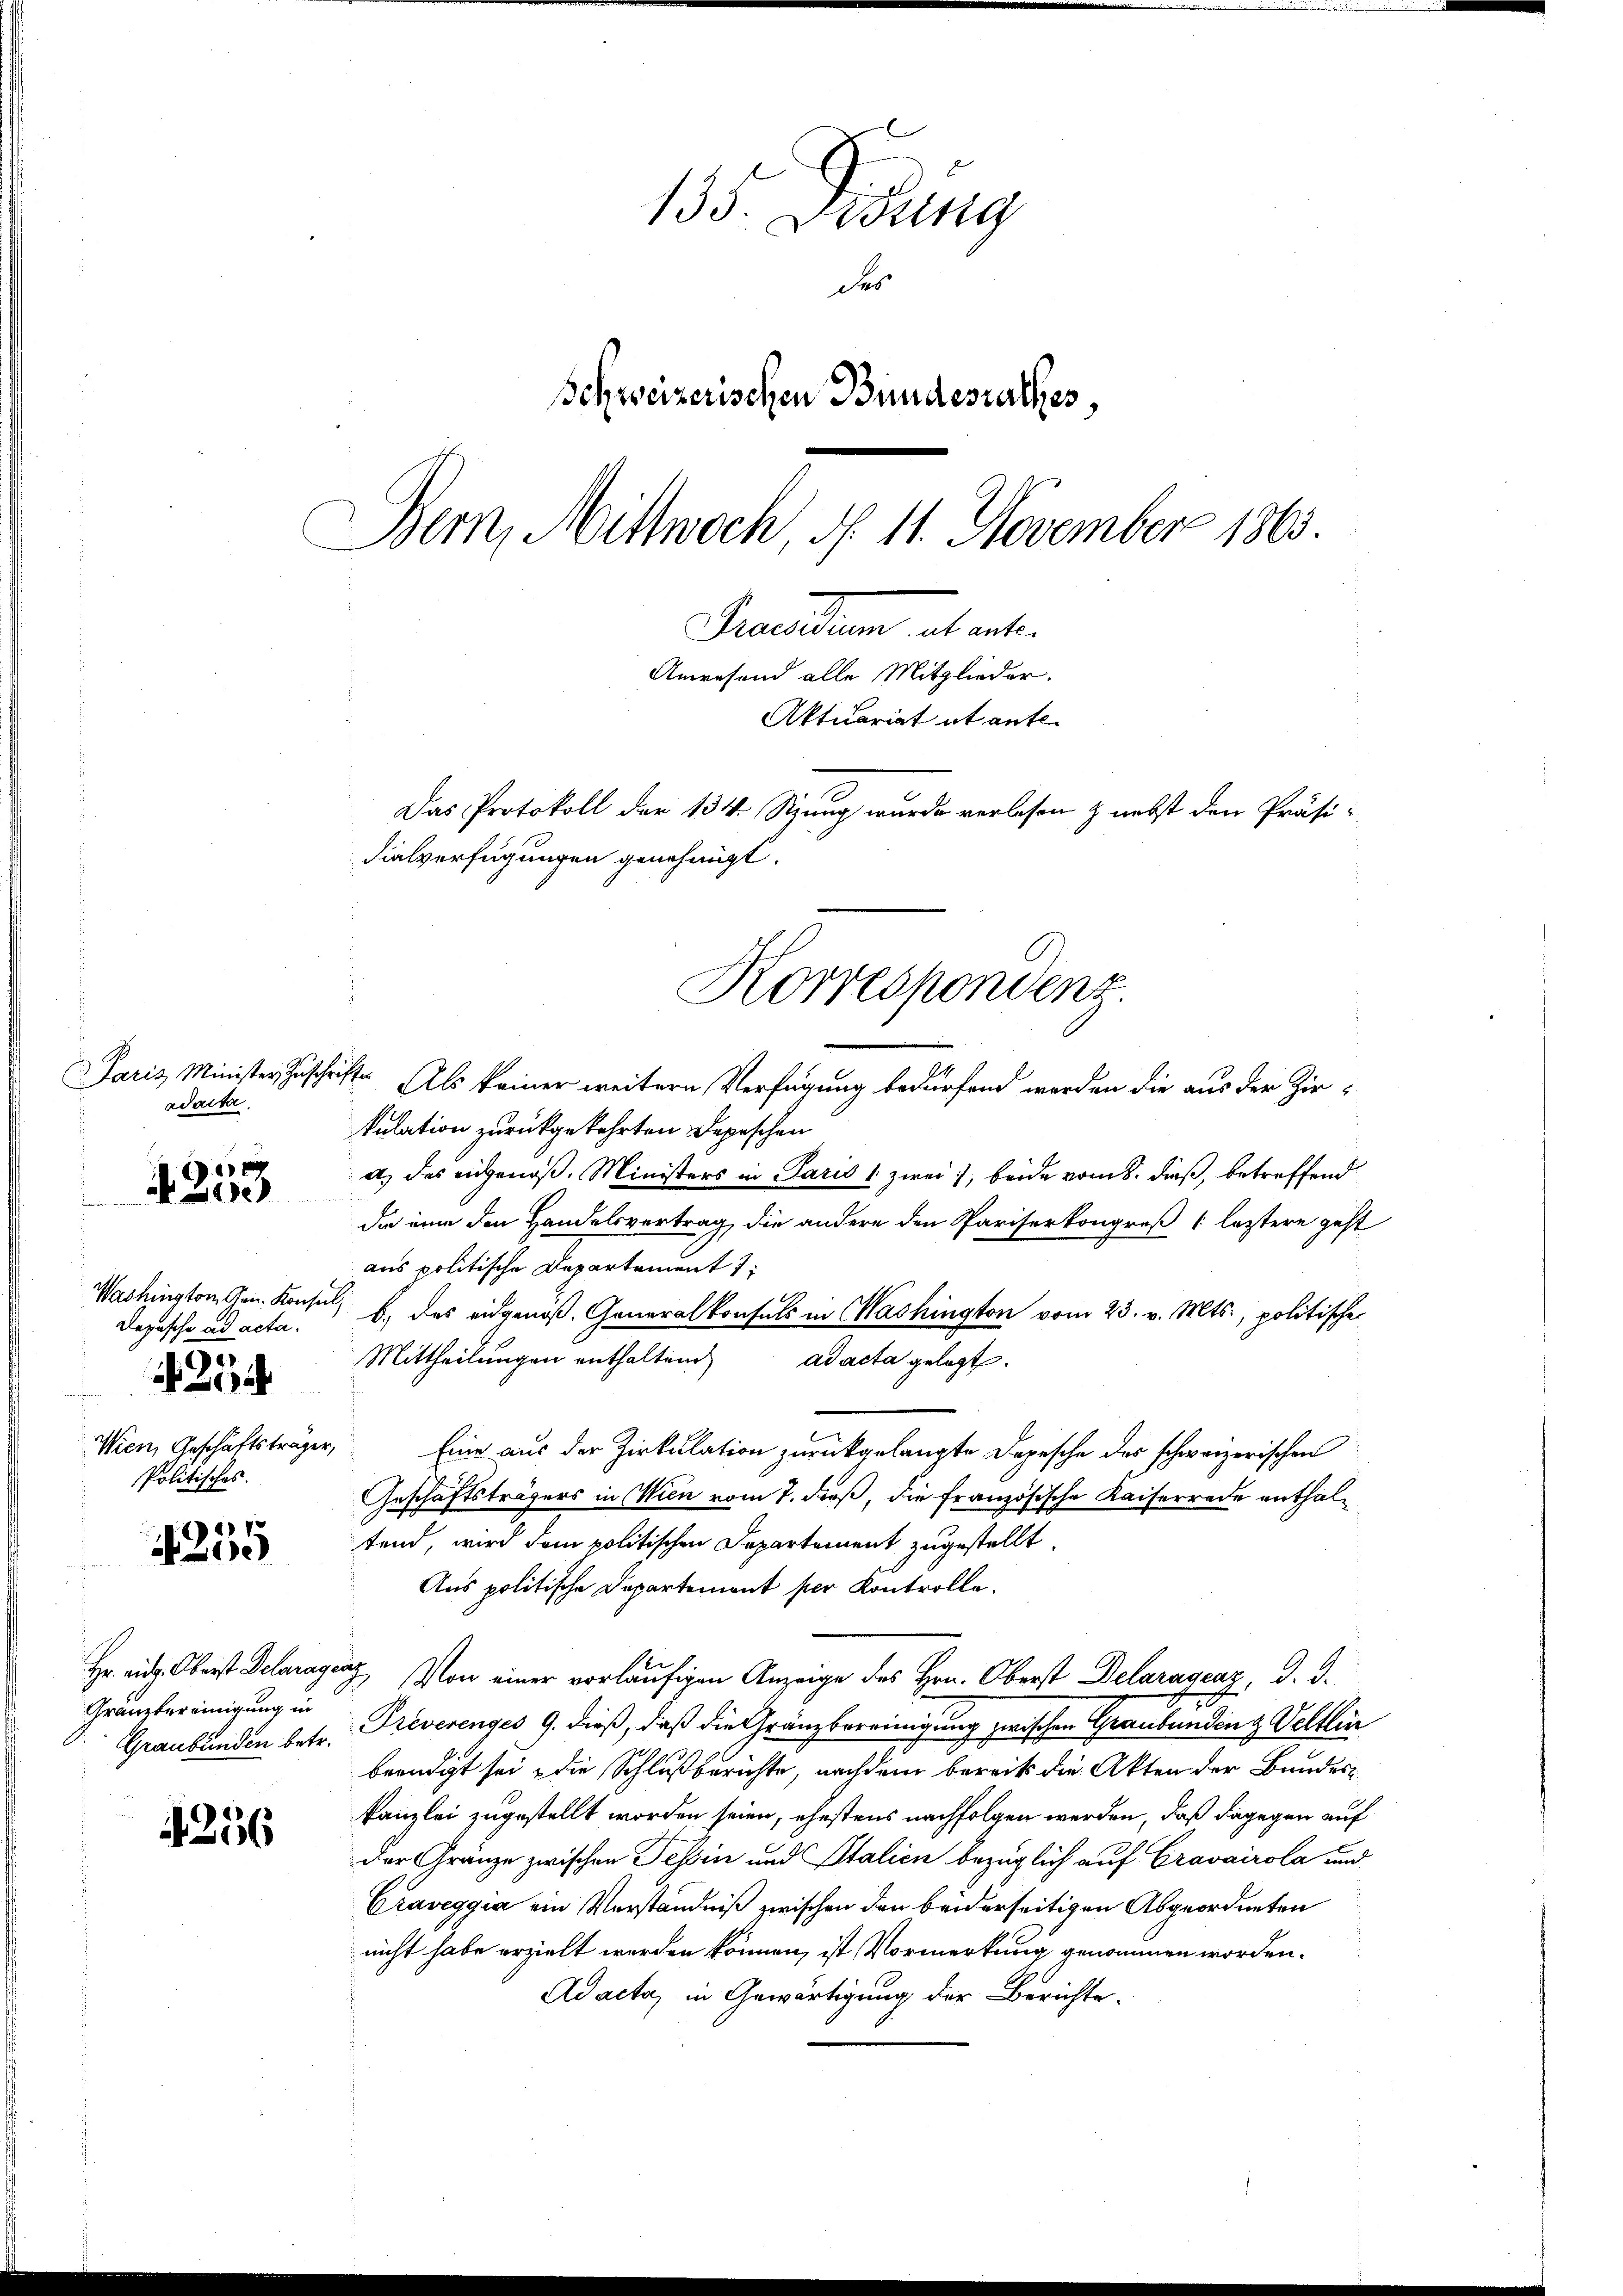
1
N 2000)

Depesche ad acta.
Wien, Geschäftsträger,
Politisches.

9

1
e

Gränzbereinigung in
Graubünden betr.

4256

135. Sedung
des
Schweizerischen Bundesrathes,
Bern, Mittwoch, N. 11. November 1863.
Baaden abwarte
Anwesend alle Mitglieder.
Aktuariat et ente.
Das Protokoll der 134. Sizung wurde verlesen & nebst den Präsi-
Fielverfügungen genehmigt.

Paris Minister Zuschriften
adaita.

Korrespondenz.

Als keiner weitern Verfügung bedürfend werden die aus der Zirkulation zurückgekehrten Depeschen
a) des eingenoß. Ministers in Paris 1 zwei, beide vom 8. dieß, betreffend
da eine den Handelsvertrag, die andere den Pariserkongreß (letztere gest
aus politische Departement 1
Washington Gen. Konsul b. des eidgenöß. Generalkonsuls in Washington vom 23. v. Mts., politische
Mittheilungen enthaltend ad acta gelegt.
Eine aus der Zirkulation zurückgelangte Depesche des schweizerischen
Geschäftsträgers in Wien vom 7. dieß, die französische Kaiserrede enthaltend, wird dem politischen Departement zugestellt.
Aus politische Departement per Kontrolle.
Hr. ai. Oberst Delaragung von einer vorläufigen Anzeige des Hrn. Oberst Delaragenz, d. J.
4
Freverenges 9. dieß, daß die Gränzbereinigung zwischen Graubünding Veltlic
beendigt sei, die Schlußberichte, nachdem bereits die Akten der Bandeskanzlei zugestellt worden seien, ehestens nachfolgen werden, daß dagegen auf
der Gränze zwischen Tessin und Italien bezüglich auf Cravairola und
Craveggia ein Verständniß zwischen den beiderseitigen Abgeordneten
nicht habe erzielt worden können, ist Vormerkung genommen worden.
Adacta, in Gewärtigung der Berichte.